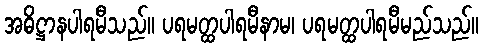
အဓိဋ္ဌာနပါရမီသည်။ ပရမတ္ထပါရမီနာမ၊ ပရမတ္ထပါရမီမည်သည်။